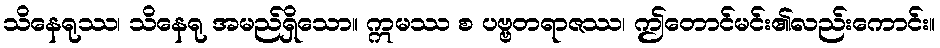
သိနေရုဿ၊ သိနေရု အမည်ရှိသော။ ဣမဿ စ ပဗ္ဗတရာဇဿ၊ ဤတောင်မင်း၏လည်းကောင်း။